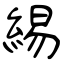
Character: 緆